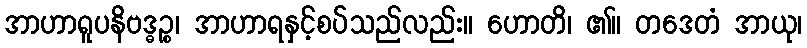
အာဟာရူပနိဗဒ္ဓဉ္စ၊ အာဟာရနှင့်စပ်သည်လည်း။ ဟောတိ၊ ၏။ တဒေတံ အာယု၊